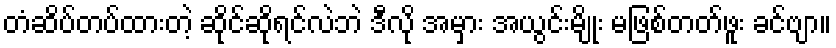
တံဆိပ်တပ်ထားတဲ့ ဆိုင်ဆိုရင်လဲဘဲ ဒီလို အမှား အယွင်းမျိုး မဖြစ်တတ်ဖူး ခင်ဗျာ။